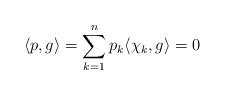
LaTeX: \begin{align*}\langle p,g\rangle =\sum_{k=1}^np_k\langle \chi_k,g\rangle=0\end{align*}